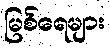
မြစ်ရေများ